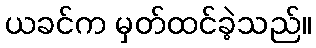
ယခင်က မှတ်ထင်ခဲ့သည်။